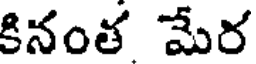
కినంత మేర